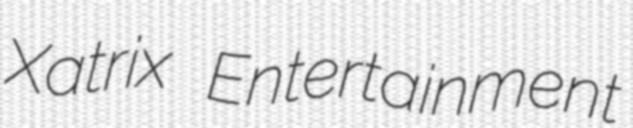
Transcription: Xatrix Entertainment